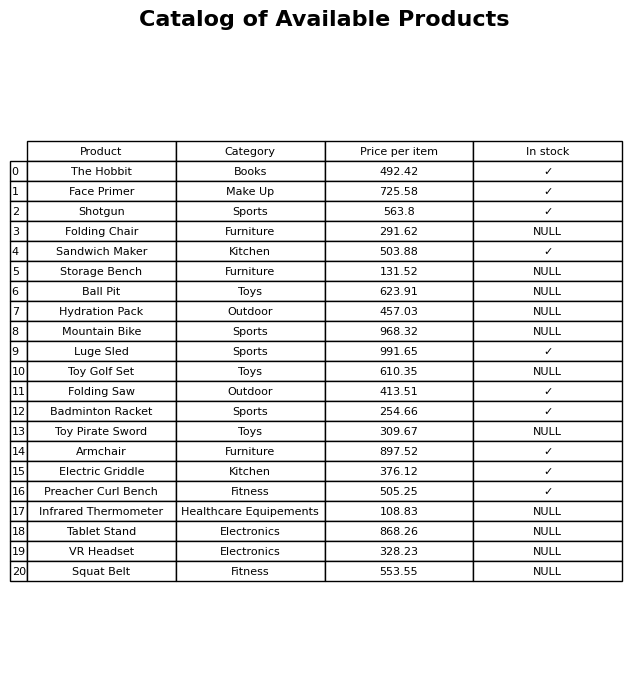
question: What is the price of the Hydration Pack?
answer: The price of Hydration Pack is 457.03.